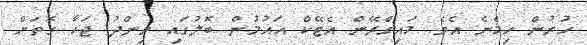
ހުރުން ހިމެނެ އެވެ. މައިގްރޭން އެޓޭކް އައުމުން ބޮލުގައި ވިންދު ޖަހާ ގޮތަށް